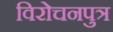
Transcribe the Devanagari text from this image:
विरोचनपुत्र